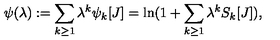
\psi ( \lambda ) : = \sum _ { k \geq 1 } \lambda ^ { k } \psi _ { k } [ J ] = \ln ( 1 + \sum _ { k \geq 1 } \lambda ^ { k } S _ { k } [ J ] ) ,